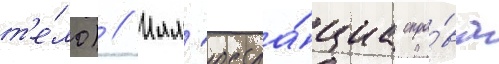
т'е́ло) // Илл'юстра́циа спра́ва